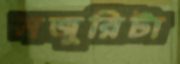
মজুরিটা